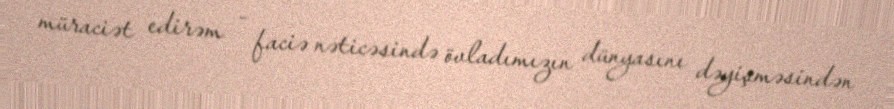
müraciət edirəm - faciə nəticəsində övladımızın dünyasını dəyişməsindən